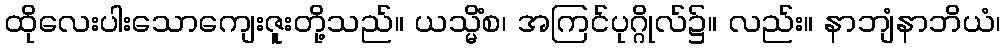
ထိုလေးပါးသောကျေးဇူးတို့သည်။ ယသ္မိံစ၊ အကြင်ပုဂ္ဂိုလ်၌။ လည်း။ နာဘျံနာဘိယံ၊